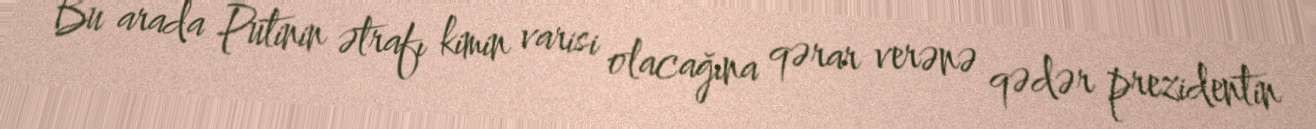
Bu arada Putinin ətrafı kimin varisi olacağına qərar verənə qədər prezidentin